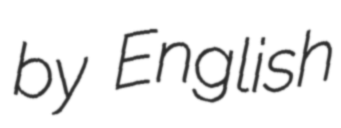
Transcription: by English